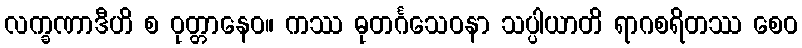
လက္ခဏာဒီဟိ စ ဝုတ္တာနေဝ။ ကဿ ဓုတင်္ဂသေဝနာ သပ္ပါယာတိ ရာဂစရိတဿ စေဝ